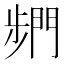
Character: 𮤓